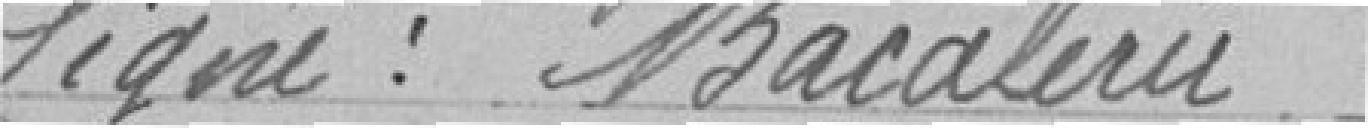
Signé : Bacalerie